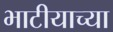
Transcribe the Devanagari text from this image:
भाटीयाच्या